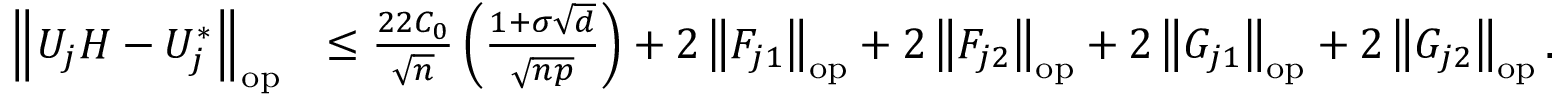
\begin{array} { r l } { \left\| { U _ { j } H - U _ { j } ^ { * } } \right\| _ { \mathrm { o p } } } & { \leq \frac { 2 2 C _ { 0 } } { \sqrt { n } } \left( \frac { 1 + \sigma \sqrt { d } } { \sqrt { n p } } \right) + 2 \left\| { F _ { j 1 } } \right\| _ { \mathrm { o p } } + 2 \left\| { F _ { j 2 } } \right\| _ { \mathrm { o p } } + 2 \left\| { G _ { j 1 } } \right\| _ { \mathrm { o p } } + 2 \left\| { G _ { j 2 } } \right\| _ { \mathrm { o p } } . } \end{array}